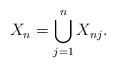
LaTeX: \begin{align*}X_n = \bigcup_{j=1}^n X_{nj}.\end{align*}